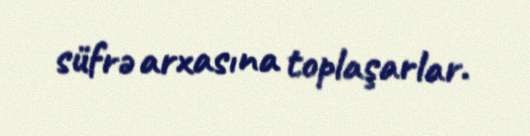
süfrə arxasına toplaşarlar.